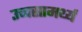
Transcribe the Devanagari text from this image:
उच्चसामर्थ्य